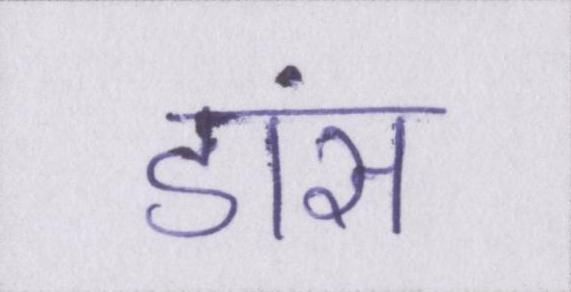
डांस